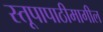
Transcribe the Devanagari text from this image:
स्तूपापाठीमागील